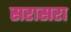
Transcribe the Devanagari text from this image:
सरासरा